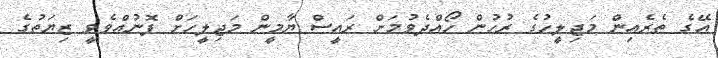
އޭގެ ތެރެއިން މަޖިލީހުގެ ރުހުން ހޯއްދެވުމަށް ރައީސް ޔާމީން މަޖިލީހަށް ފޮނުއްވެވީ ޒިޔަތުގެ